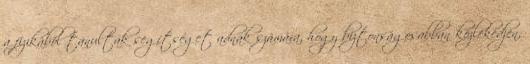
a fizikából tanultak segítséget adnak számára, hogy biztonságosabban közlekedjen,